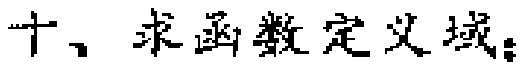
十、求函数定义域：